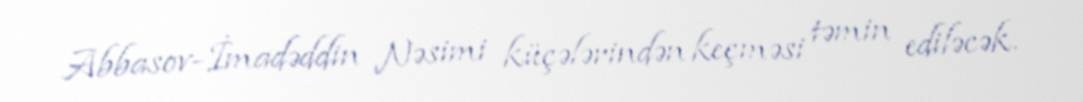
Abbasov-İmadəddin Nəsimi küçələrindən keçməsi təmin ediləcək.